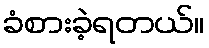
ခံစားခဲ့ရတယ်။